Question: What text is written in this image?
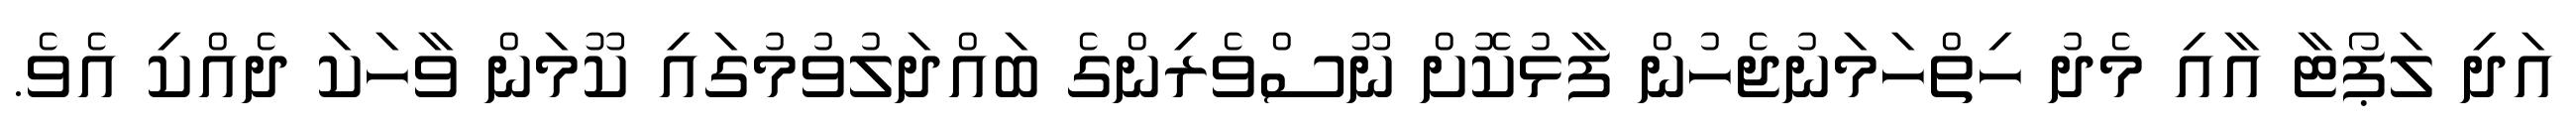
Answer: އަދި ލަޕޯޓާ އާއި މެދު ހިތްހަމަނުޖެހުން ފާޅުކޮށް ނޫސްވެރިންގެ ބައްދަލުވުމުގައި ކޫމަން ވާހަކަ ދެއްކި އެވެ.